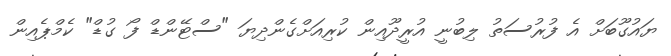
ޔައުގޫބަށް އެ ފުރުސަތު ލިބުނީ އުރީދޫއިން ކުރިއަށްގެންދިޔަ "ސްޓޭންޑް ފޯ ގުޑް" ކެމްޕެއިން